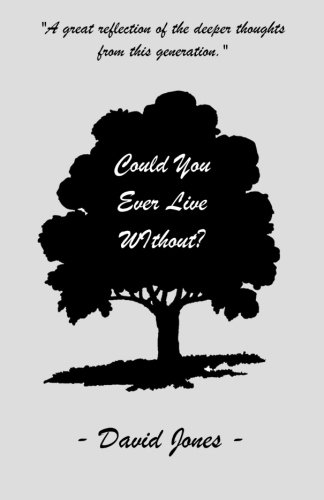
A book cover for Could You Ever Live Without?; David Jones; Literature & Fiction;